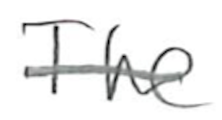
Text: The
Cross-out: single-line
Writing tool: pencil